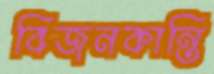
বিজনকান্তি